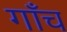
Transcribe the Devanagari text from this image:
गाँच